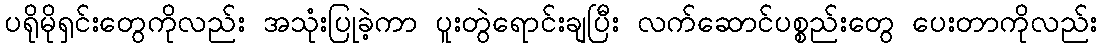
ပရိုမိုရှင်းတွေကိုလည်း အသုံးပြုခဲ့ကာ ပူးတွဲရောင်းချပြီး လက်ဆောင်ပစ္စည်းတွေ ပေးတာကိုလည်း